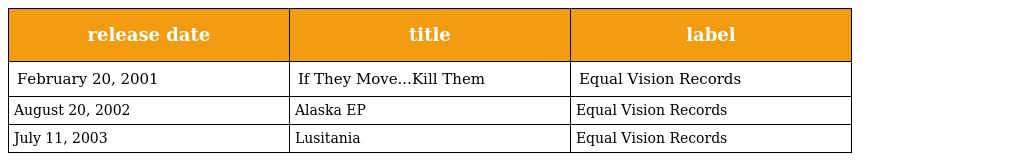
| release date | title | label |
 | --- | --- | --- |
 | February 20, 2001 | If They Move...Kill Them | Equal Vision Records |
 | August 20, 2002 | Alaska EP | Equal Vision Records |
 | July 11, 2003 | Lusitania | Equal Vision Records |